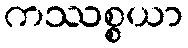
ကဿစ္စယာ